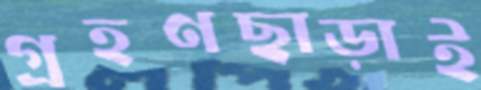
গ্রহণছাড়াই